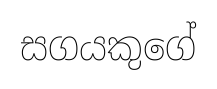
සගයකුගේ